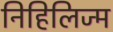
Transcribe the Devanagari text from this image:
निहिलिज्म